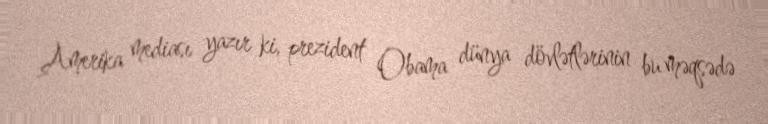
Amerika mediası yazır ki, prezident Obama dünya dövlətlərinin bu məqsədə